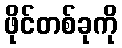
ဖိုင်တစ်ခုကို